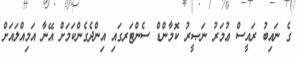
ގެ ނައިބު ރައީސް ޢުމަރު ނަޞީރު ކޮމާންޑް ސެންޓަރގައި އިންދެގެންކަމަށް އޭނާ އަމިއްލައަށް